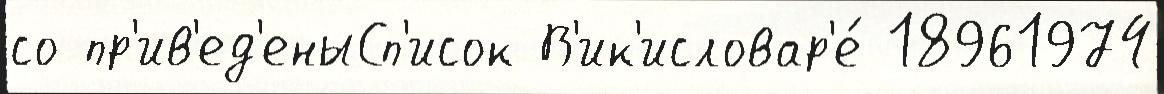
со пр'ив'ед'еныСп'исок В'ик'исловар'е́ 18961974